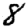
Digit: 8